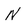
Character: N